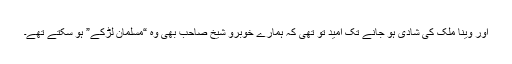
اور وینا ملک کی شادی ہو جانے تک امید تو تھی کہ ہمارے خوبرو شیخ صاحب بھی وہ “مسلمان لڑکے” ہو سکتے تھے۔